Scientific memoirs by medical officers of the Army of India - Part XI,
Year: 1898
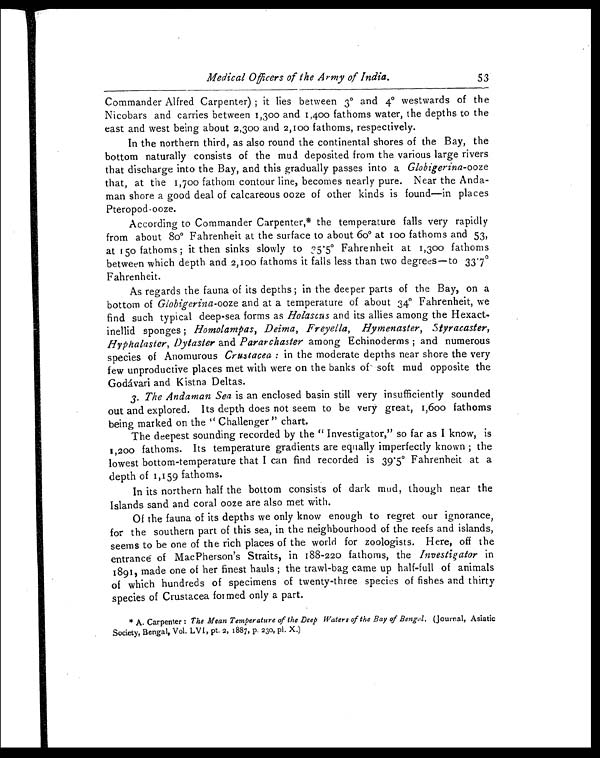
Medical Officers of the Army of India.
53
Commander Alfred Carpenter); it lies between 3° and 4° westwards of the
Nicobars and carries between 1,300 and 1,400 fathoms water, the depths to the
east and west being about 2,300 and 2 , 100 fathoms, respectively.
In the northern third, as also round the continental shores of the Bay, the
bottom naturally consists of the mud deposited from the various large rivers
that discharge into the Bay, and this gradually passes into a Globigerina-ooze
that, at the 1,700 fathom contour line, becomes nearly pure. Near the Anda-
man shore a good deal of calcareous ooze of other kinds is found—in places
Pteropod -ooze.
According to Commander Carpenter,* the temperature falls very rapidly
from about 80° Fahrenheit at the surface to about 60° at too fathoms and 53,
at 150 fathoms; it then sinks slowly to 35.5° Fahrenheit at 1,300 fathoms
between which depth and 2 , 100 fathoms it falls less than two degrees—to 33.7°F
ahrenheit.
As regards the fauna of its depths; in the deeper parts of the Bay, on a
bottom of Globigerina-ooze and at a temperature of about 34° Fahrenheit, we
find such typical deep-sea forms as Holascus and its allies among the Hexact-
inellid sponges; Homolampas, Deima, Freyella, Hymenaster, Styracaster,
Hyphalaster, Dytaster and Pararchaster among Echinoderms; and numerous
species of Anomurous Crustacea: in the moderate depths near shore the very
few unproductive places met with were on the banks of soft mud opposite the
Godavari and Kistna Deltas.
3. The Andaman Sea is an enclosed basin still very insufficiently sounded
out and explored. Its depth does not seem to be very great, 1,600 fathoms
being marked on the "Challenger" chart.
The deepest sounding recorded by the "Investigator," so far as I know, is
1,200 fathoms. Its temperature gradients are equally imperfectly known; the
lowest bottom-temperature that I can find recorded is 39.5° Fahrenheit at a
depth of 1,159 fathoms.
In its northern half the bottom consists of dark mud, though near the
Islands sand and coral ooze are also met with.
Of the fauna of its depths we only know enough to regret our ignorance,
for the southern part of this sea, in the neighbourhood of the reefs and islands,
seems to be one of the rich places of the world for zoologists. Here, off the
entrance of MacPherson's Straits, in 188-220 fathoms, the Investigator in
1891, made one of her finest hauls; the trawl-bag came up half-full of animals
of which hundreds of specimens of twenty-three species of fishes and thirty
species of Crustacea formed only a part.
* A. Carpenter: The Mean Temperature of the Deep Waters of the Bay of Bengal, (Journal, Asiatic
Society, Bengal, Vol. LVI, pt. 2, 1887, p. 230, pl. X.)